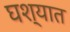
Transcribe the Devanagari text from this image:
घश्यात